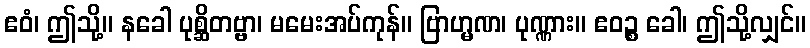
ဧဝံ၊ ဤသို့။ နခေါ ပုစ္ဆိတဗ္ဗာ၊ မမေးအပ်ကုန်။ ဗြာဟ္မဏ၊ ပုဏ္ဏား။ ဧဝဉ္စ ခေါ၊ ဤသို့လျှင်။